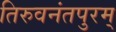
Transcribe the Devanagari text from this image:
तिरुवनंतपुरम्‌